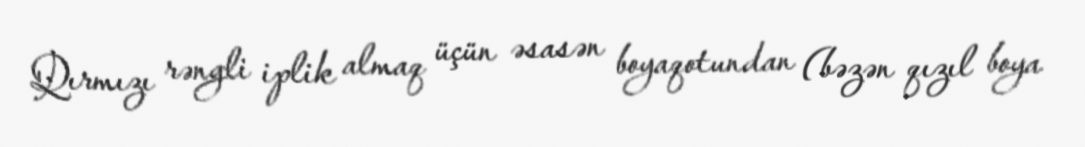
Qırmızı rəngli iplik almaq üçün əsasən boyaqotundan (bəzən qızıl boya